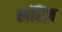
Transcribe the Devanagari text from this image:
लॉरेंज़